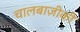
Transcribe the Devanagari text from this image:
चालबाज़ीकी